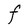
Character: F